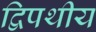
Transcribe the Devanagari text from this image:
द्विपथीय